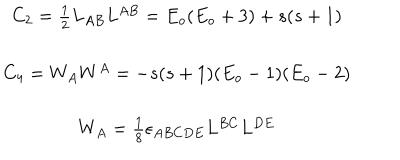
\begin{array} { c } { { C _ { 2 } = \frac 1 2 L _ { A B } L ^ { A B } = E _ { o } ( E _ { o } + 3 ) + s ( s + 1 ) } } \\ { { C _ { 4 } = W _ { A } W ^ { A } = - s ( s + 1 ) ( E _ { o } - 1 ) ( E _ { o } - 2 ) } } \\ { { W _ { A } = \frac 1 8 \epsilon _ { A B C D E } L ^ { B C } L ^ { D E } } } \\ \end{array}